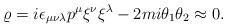
LaTeX: \begin{align*}\varrho=i\epsilon_{\mu\nu\lambda}p^\mu\xi^\nu\xi^\lambda-2mi\theta_1\theta_2\approx0.\end{align*}